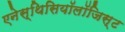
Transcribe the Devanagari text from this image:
एनेस्थिसियॉलॉजिस्ट